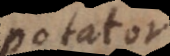
potator,